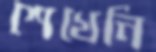
শেখেনি